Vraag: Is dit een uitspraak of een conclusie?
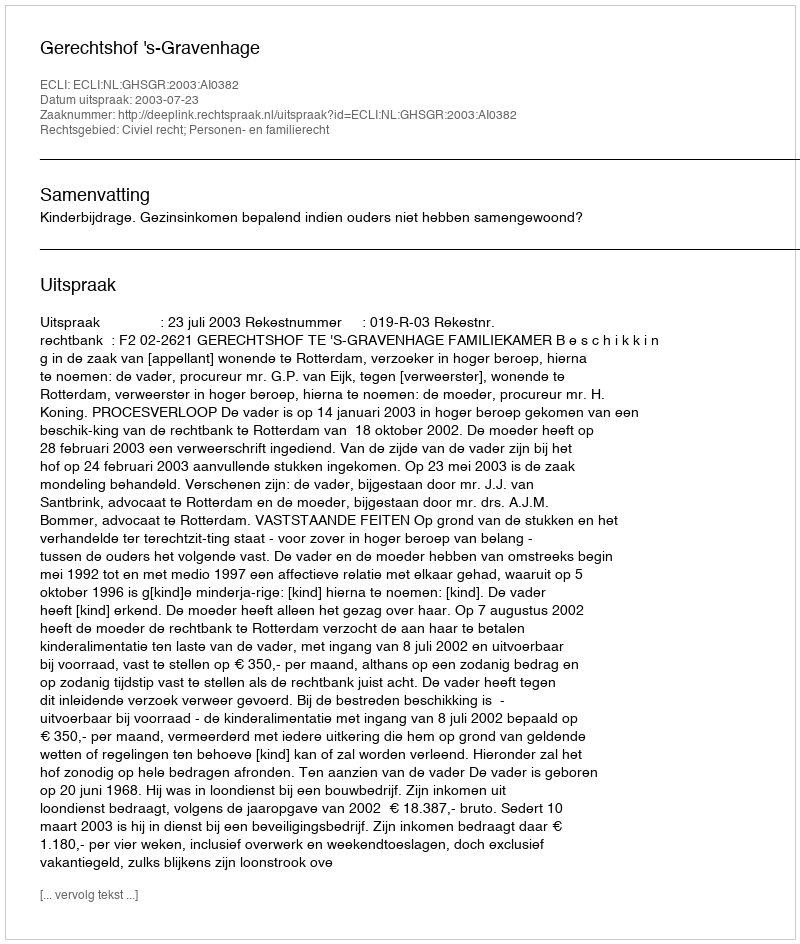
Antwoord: Uitspraak